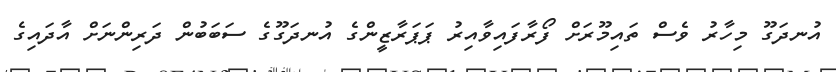
އުނދަގޫ މިހާރު ވެސް ތައިމޫރަށް ފޯރާފައިވާއިރު ޕަޕަރާޒީންގެ އުނދަގޫގެ ސަބަބުން ދަރިންނަށް އާދައިގެ